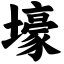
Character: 壕